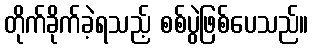
တိုက်ခိုက်ခဲ့ရသည့် စစ်ပွဲဖြစ်ပေသည်။